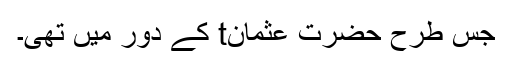
جس طرح حضرت عثمانt کے دَور میں تھی۔